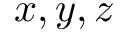
x , y , z